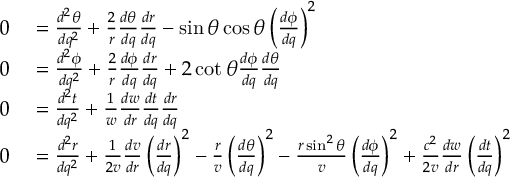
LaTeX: \begin{array} { r l } { 0 } & { { } = { \frac { d ^ { 2 } \theta } { d q ^ { 2 } } } + { \frac { 2 } { r } } { \frac { d \theta } { d q } } { \frac { d r } { d q } } - \sin \theta \cos \theta \left( { \frac { d \phi } { d q } } \right) ^ { 2 } } \\ { 0 } & { { } = { \frac { d ^ { 2 } \phi } { d q ^ { 2 } } } + { \frac { 2 } { r } } { \frac { d \phi } { d q } } { \frac { d r } { d q } } + 2 \cot \theta { \frac { d \phi } { d q } } { \frac { d \theta } { d q } } } \\ { 0 } & { { } = { \frac { d ^ { 2 } t } { d q ^ { 2 } } } + { \frac { 1 } { w } } { \frac { d w } { d r } } { \frac { d t } { d q } } { \frac { d r } { d q } } } \\ { 0 } & { { } = { \frac { d ^ { 2 } r } { d q ^ { 2 } } } + { \frac { 1 } { 2 v } } { \frac { d v } { d r } } \left( { \frac { d r } { d q } } \right) ^ { 2 } - { \frac { r } { v } } \left( { \frac { d \theta } { d q } } \right) ^ { 2 } - { \frac { r \sin ^ { 2 } \theta } { v } } \left( { \frac { d \phi } { d q } } \right) ^ { 2 } + { \frac { c ^ { 2 } } { 2 v } } { \frac { d w } { d r } } \left( { \frac { d t } { d q } } \right) ^ { 2 } } \end{array}